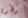
يونيون